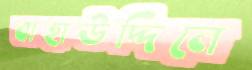
বাহাউদ্দিনে